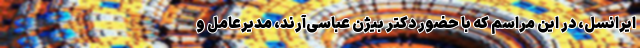
ایرانسل، در این مراسم که با حضور دکتر بیژن عباسی‌آرند، مدیرعامل و